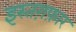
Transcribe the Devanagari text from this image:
इस्तग़फ़ार